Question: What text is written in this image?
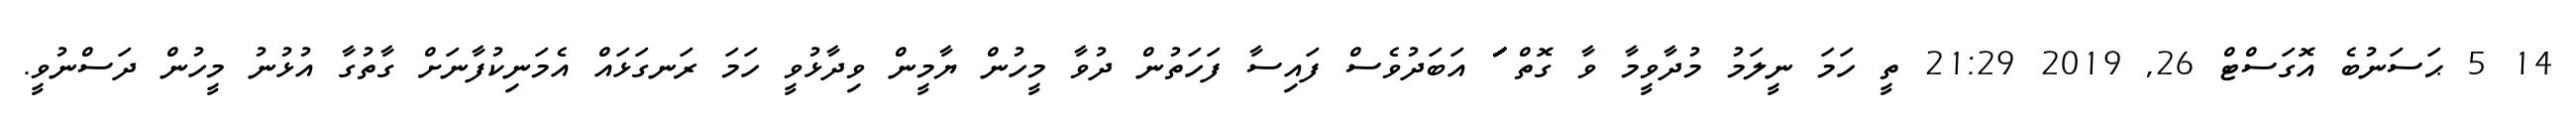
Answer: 14 5 ޙަސަނުބެ އޮގަސްޓް 26, 2019 21:29 ތީ ހަމަ ނީލަމު މުދާވީމާ ވާ ގޮތް ަަަަަަަަަަަަަަަަަަަ އަބަދުވެސް ފައިސާ ފަހަތުން ދުވާ މީހުން ޔާމީން ވިދާޅުވީ ހަމަ ރަނގަޅައް އެމަނިކުފާނަށް ގާތުގާ އުޅުނު މީހުން ދަސްނުވީ.